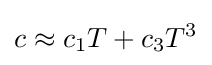
c\approx c_{1}T+c_{3}T^{3}